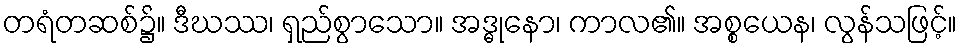
တရံတဆစ်၌။ ဒီဃဿ၊ ရှည်စွာသော။ အဒ္ဓုနော၊ ကာလ၏။ အစ္စယေန၊ လွန်သဖြင့်။